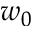
w _ { 0 }